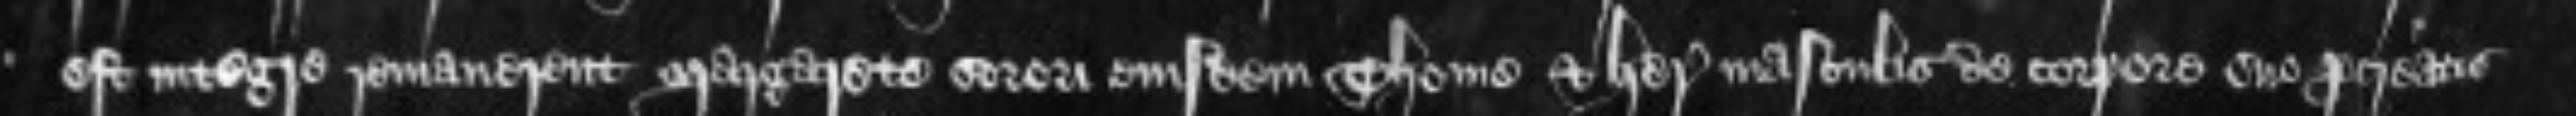
est integre remanerent Margarete sorori eiusdem Thome et heredibus masculis de corpore suo procreatis